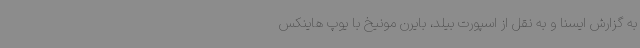
به گزارش ایسنا و به نقل از اسپورت بیلد، بایرن مونیخ با یوپ هاینکس